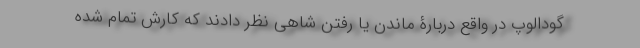
گودالوپ در واقع دربارۀ ماندن یا رفتن شاهی نظر دادند که کارش تمام شده